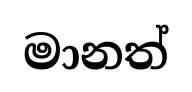
මානත්